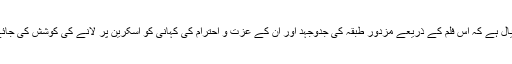
ایسا خیال ہے کہ اس فلم کے ذریعے مزدور طبقہ کی جدوجہد اور ان کے عزت و احترام کی کہانی کو اسکرین پر لانے کی کوشش کی جائے گی۔